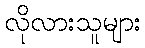
လိုလားသူများ